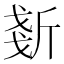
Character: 𣂧